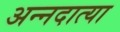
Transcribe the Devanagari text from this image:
अन्नदात्या